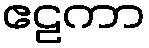
ဧဠကာ